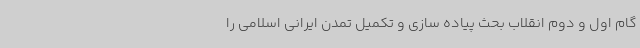
گام اول و دوم انقلاب بحث پیاده سازی و تکمیل تمدن ایرانی اسلامی را